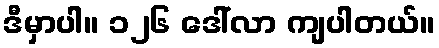
ဒီမှာပါ။ ၁၂၆ ဒေါ်လာ ကျပါတယ်။